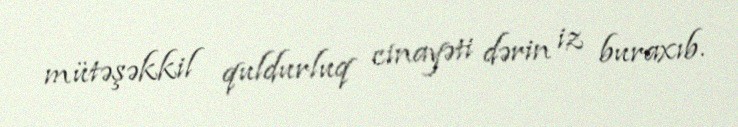
mütəşəkkil quldurluq cinayəti dərin iz buraxıb.